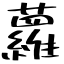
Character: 蘿